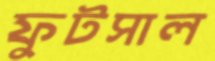
ফুটসাল